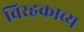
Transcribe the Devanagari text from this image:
विरहकाव्य